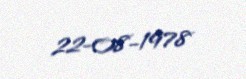
22-08-1978